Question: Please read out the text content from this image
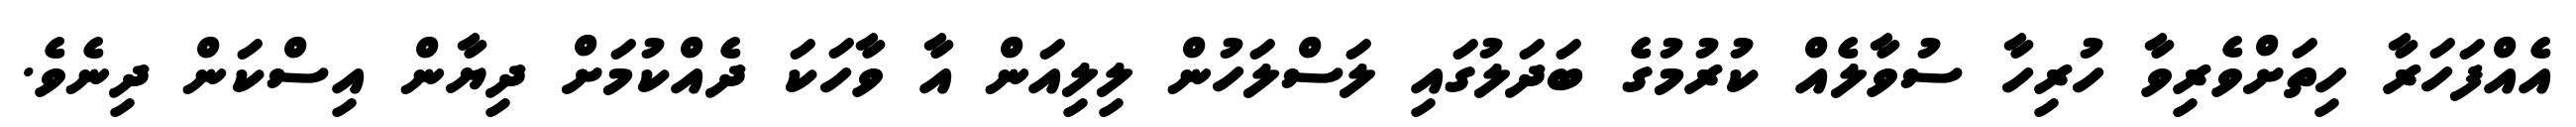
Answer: އެއްފަހަރާ ހިތަށްވެރިވާ ހުރިހާ ސުވާލެއް ކުރުމުގެ ބަދަލުގައި ލަސްލަހުން ލިލިއަން އާ ވާހަކަ ދެއްކުމަށް ދިޔާން އިސްކަން ދިނެވެ.